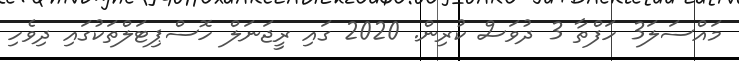
މައްސަލަ3 ހަފްތާ 3 ދުވަސް ކުރިން. 2020 ގައި ރީޖަނަލް ހޮސްޕިޓަލްތަކުގައި ދިވެހި